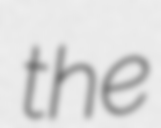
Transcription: the